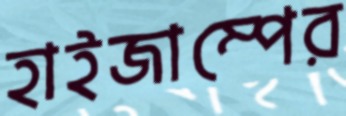
হাইজাম্পের